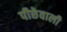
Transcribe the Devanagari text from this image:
पीछेवाली